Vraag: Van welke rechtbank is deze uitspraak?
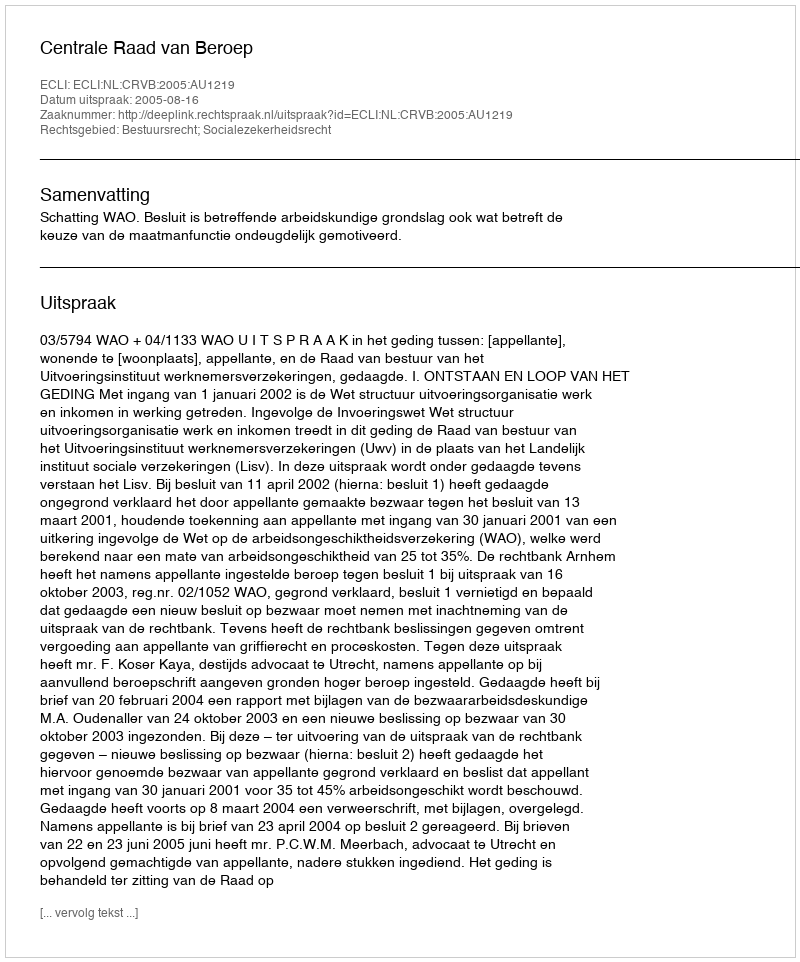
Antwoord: Centrale Raad van Beroep